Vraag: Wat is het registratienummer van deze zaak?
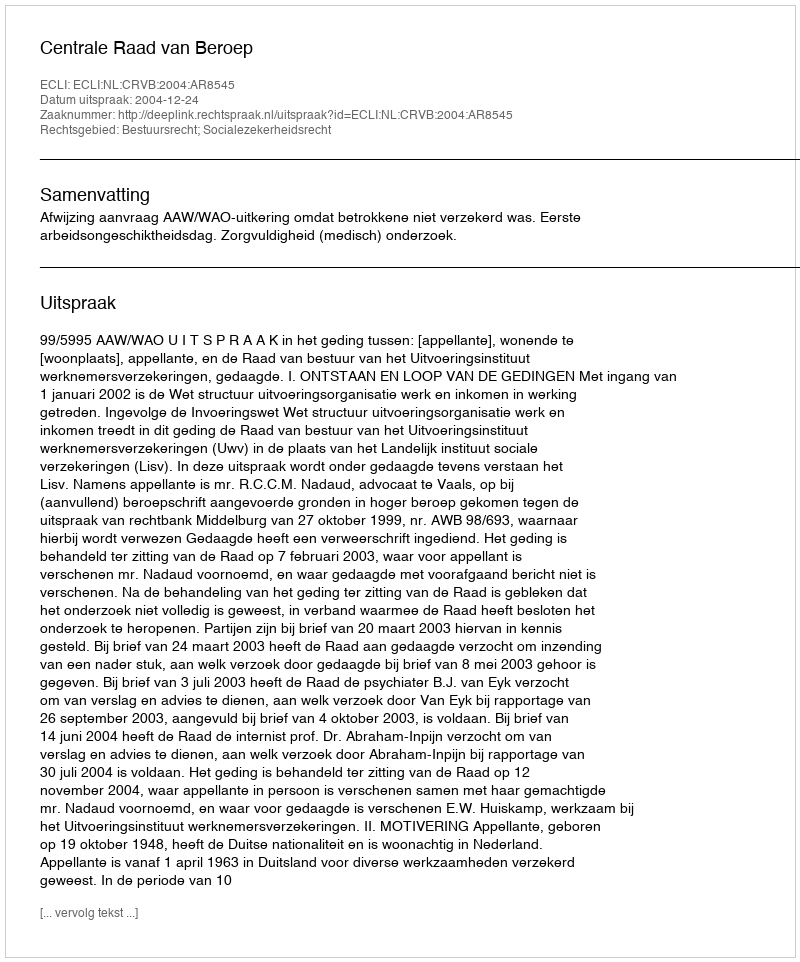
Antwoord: http://deeplink.rechtspraak.nl/uitspraak?id=ECLI:NL:CRVB:2004:AR8545